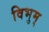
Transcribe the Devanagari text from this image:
विभुम्